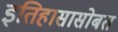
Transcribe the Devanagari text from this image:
इतिहासासोबत